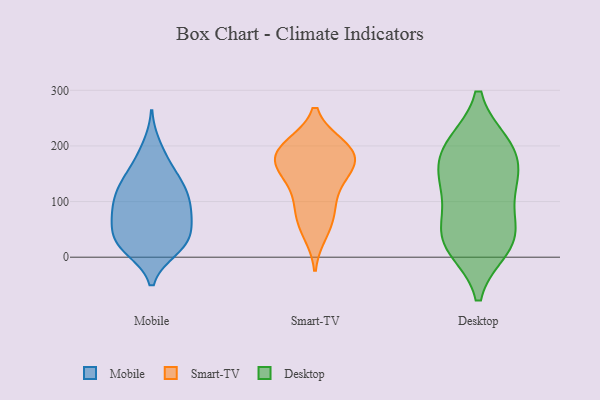
{"axis": {"x": "Shipments", "y": "Value"}, "legend": ["Desktop", "Mobile", "Smart-TV"], "data": [{"x": "", "y": 101, "type": "Mobile"}, {"x": "", "y": 17, "type": "Mobile"}, {"x": "", "y": 153, "type": "Mobile"}, {"x": "", "y": 137, "type": "Mobile"}, {"x": "", "y": 129, "type": "Mobile"}, {"x": "", "y": 200, "type": "Mobile"}, {"x": "", "y": 91, "type": "Mobile"}, {"x": "", "y": 173, "type": "Mobile"}, {"x": "", "y": 54, "type": "Mobile"}, {"x": "", "y": 72, "type": "Mobile"}, {"x": "", "y": 123, "type": "Mobile"}, {"x": "", "y": 36, "type": "Mobile"}, {"x": "", "y": 60, "type": "Mobile"}, {"x": "", "y": 78, "type": "Mobile"}, {"x": "", "y": 117, "type": "Mobile"}, {"x": "", "y": 15, "type": "Mobile"}, {"x": "", "y": 28, "type": "Mobile"}, {"x": "", "y": 31, "type": "Mobile"}, {"x": "", "y": 14, "type": "Mobile"}, {"x": "", "y": 89, "type": "Mobile"}, {"x": "", "y": 200, "type": "Smart-TV"}, {"x": "", "y": 192, "type": "Smart-TV"}, {"x": "", "y": 181, "type": "Smart-TV"}, {"x": "", "y": 153, "type": "Smart-TV"}, {"x": "", "y": 62, "type": "Smart-TV"}, {"x": "", "y": 93, "type": "Smart-TV"}, {"x": "", "y": 191, "type": "Smart-TV"}, {"x": "", "y": 141, "type": "Smart-TV"}, {"x": "", "y": 154, "type": "Smart-TV"}, {"x": "", "y": 200, "type": "Smart-TV"}, {"x": "", "y": 94, "type": "Smart-TV"}, {"x": "", "y": 44, "type": "Smart-TV"}, {"x": "", "y": 168, "type": "Smart-TV"}, {"x": "", "y": 116, "type": "Desktop"}, {"x": "", "y": 134, "type": "Desktop"}, {"x": "", "y": 40, "type": "Desktop"}, {"x": "", "y": 200, "type": "Desktop"}, {"x": "", "y": 20, "type": "Desktop"}, {"x": "", "y": 32, "type": "Desktop"}, {"x": "", "y": 143, "type": "Desktop"}, {"x": "", "y": 41, "type": "Desktop"}, {"x": "", "y": 195, "type": "Desktop"}, {"x": "", "y": 195, "type": "Desktop"}]}